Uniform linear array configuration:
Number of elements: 12
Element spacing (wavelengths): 0.5
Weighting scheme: hann
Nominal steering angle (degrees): -30
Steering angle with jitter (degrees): -31.227
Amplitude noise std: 0.05
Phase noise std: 0.05

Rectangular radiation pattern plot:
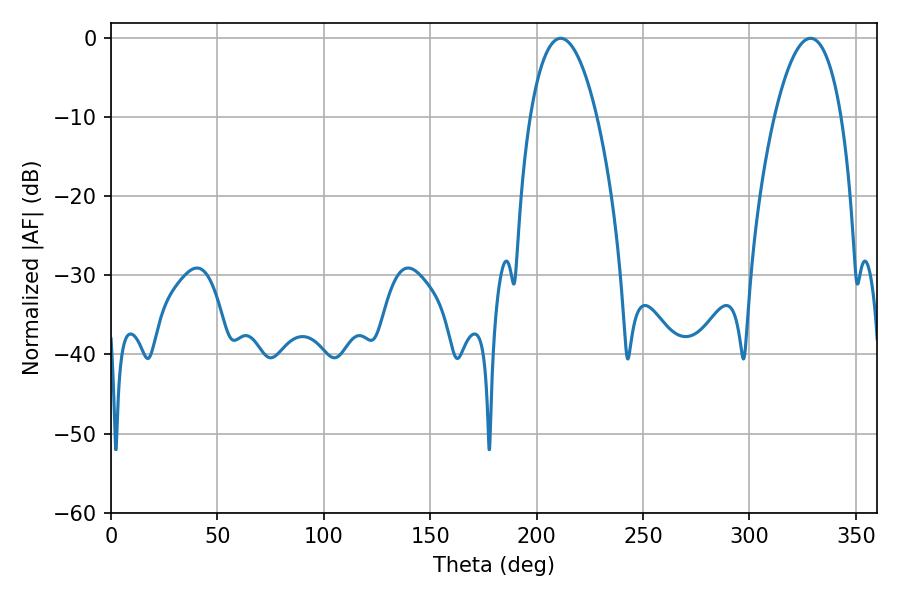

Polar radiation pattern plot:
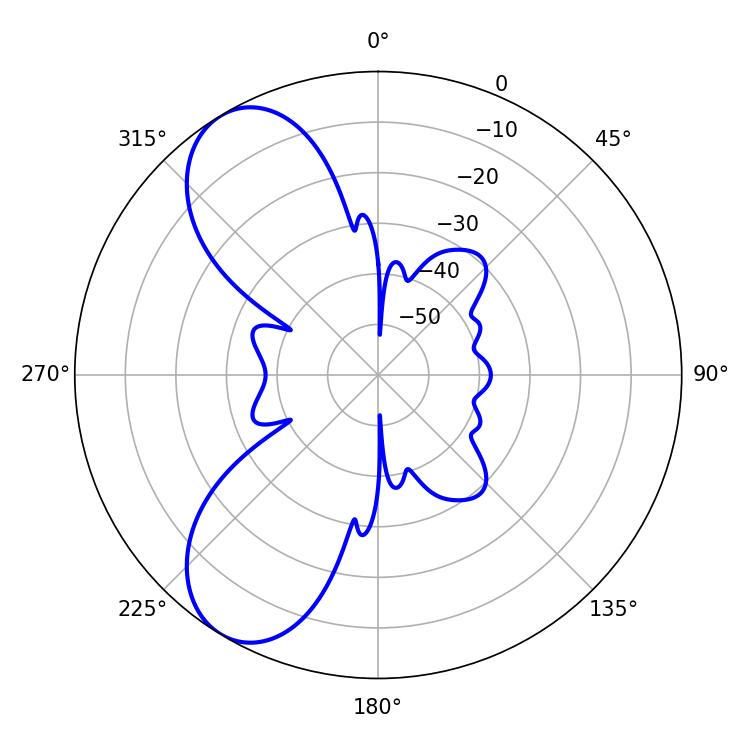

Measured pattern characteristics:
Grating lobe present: FALSE
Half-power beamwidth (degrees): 17.46
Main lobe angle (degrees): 211.32